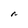
Character: n